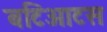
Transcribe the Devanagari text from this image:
बटिआटस